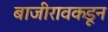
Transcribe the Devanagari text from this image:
बाजीरावकडून